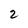
Character: 2